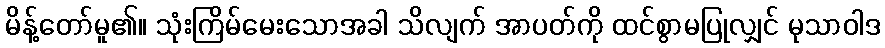
မိန့်တော်မူ၏။ သုံးကြိမ်မေးသောအခါ သိလျက် အာပတ်ကို ထင်စွာမပြုလျှင် မုသာဝါဒ